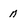
Character: n